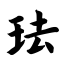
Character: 珐